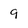
Character: g